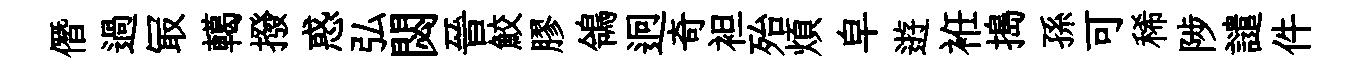
僭過冣轕撥惑弘閟晉鮫膠鴒迥奇袒殆煩皁逰袵搗孫可稀陟譴件